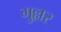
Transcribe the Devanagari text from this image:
गुल्लर